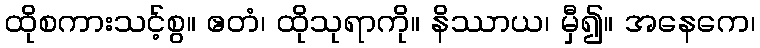
ထိုစကားသင့်စွ။ ဧတံ၊ ထိုသုရာကို။ နိဿာယ၊ မှီ၍။ အနေကေ၊